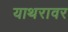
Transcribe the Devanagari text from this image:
याथरावर